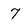
Character: 7